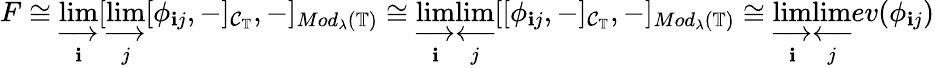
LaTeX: F\cong\varinjlim_{\mathbf{i}}[\varinjlim_{j}[\phi_{\mathbf{i}j},-]_{\mathcal{{C}}_{\mathbb{{T}}}},-]_{Mod_{\lambda}(\mathbb{{T}})}\cong\varinjlim_{\mathbf{i}}\varprojlim_{j}[[\phi_{\mathbf{i}j},-]_{\mathcal{{C}}_{\mathbb{{T}}}},-]_{Mod_{\lambda}(\mathbb{{T}})}\cong\varinjlim_{\mathbf{i}}\varprojlim_{j}ev(\phi_{\mathbf{i}j})